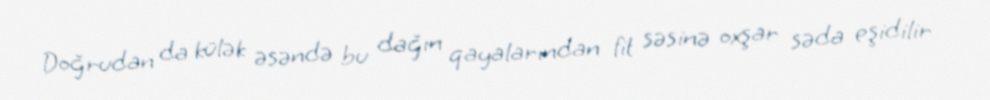
Doğrudan da külək əsəndə bu dağın qayalarından fit səsinə oxşar səda eşidilir